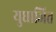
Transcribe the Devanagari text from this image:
युधाजित